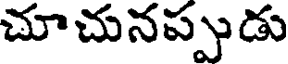
చూచునప్పుడు